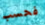
فحسب